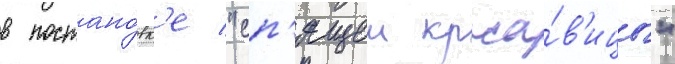
в постано́вк'е "сп'ящеи краса́в'ицы"